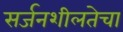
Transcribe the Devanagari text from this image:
सर्जनशीलतेचा